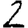
Digit: 2